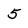
Character: 5